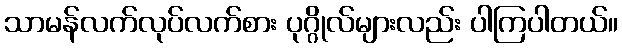
သာမန်လက်လုပ်လက်စား ပုဂ္ဂိုလ်များလည်း ပါကြပါတယ်။